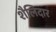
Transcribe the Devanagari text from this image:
शैलिदार